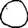
Digit: 0